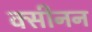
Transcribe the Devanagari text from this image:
क्सीनन